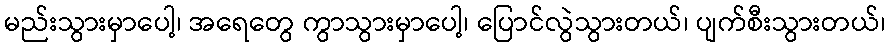
မည်းသွားမှာပေါ့၊ အရေတွေ ကွာသွားမှာပေါ့၊ ပြောင်လွဲသွားတယ်၊ ပျက်စီးသွားတယ်၊